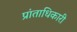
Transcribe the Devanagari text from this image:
प्रांताधिकारी